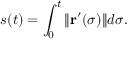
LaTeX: s ( t ) = \int _ { 0 } ^ { t } \| \mathbf { r } ^ { \prime } ( \sigma ) \| d \sigma .